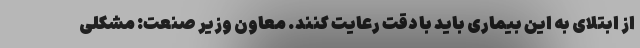
از ابتلای به این بیماری باید با دقت رعایت کنند. معاون وزیر صنعت: مشکلی